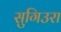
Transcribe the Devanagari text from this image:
सुगिउरा